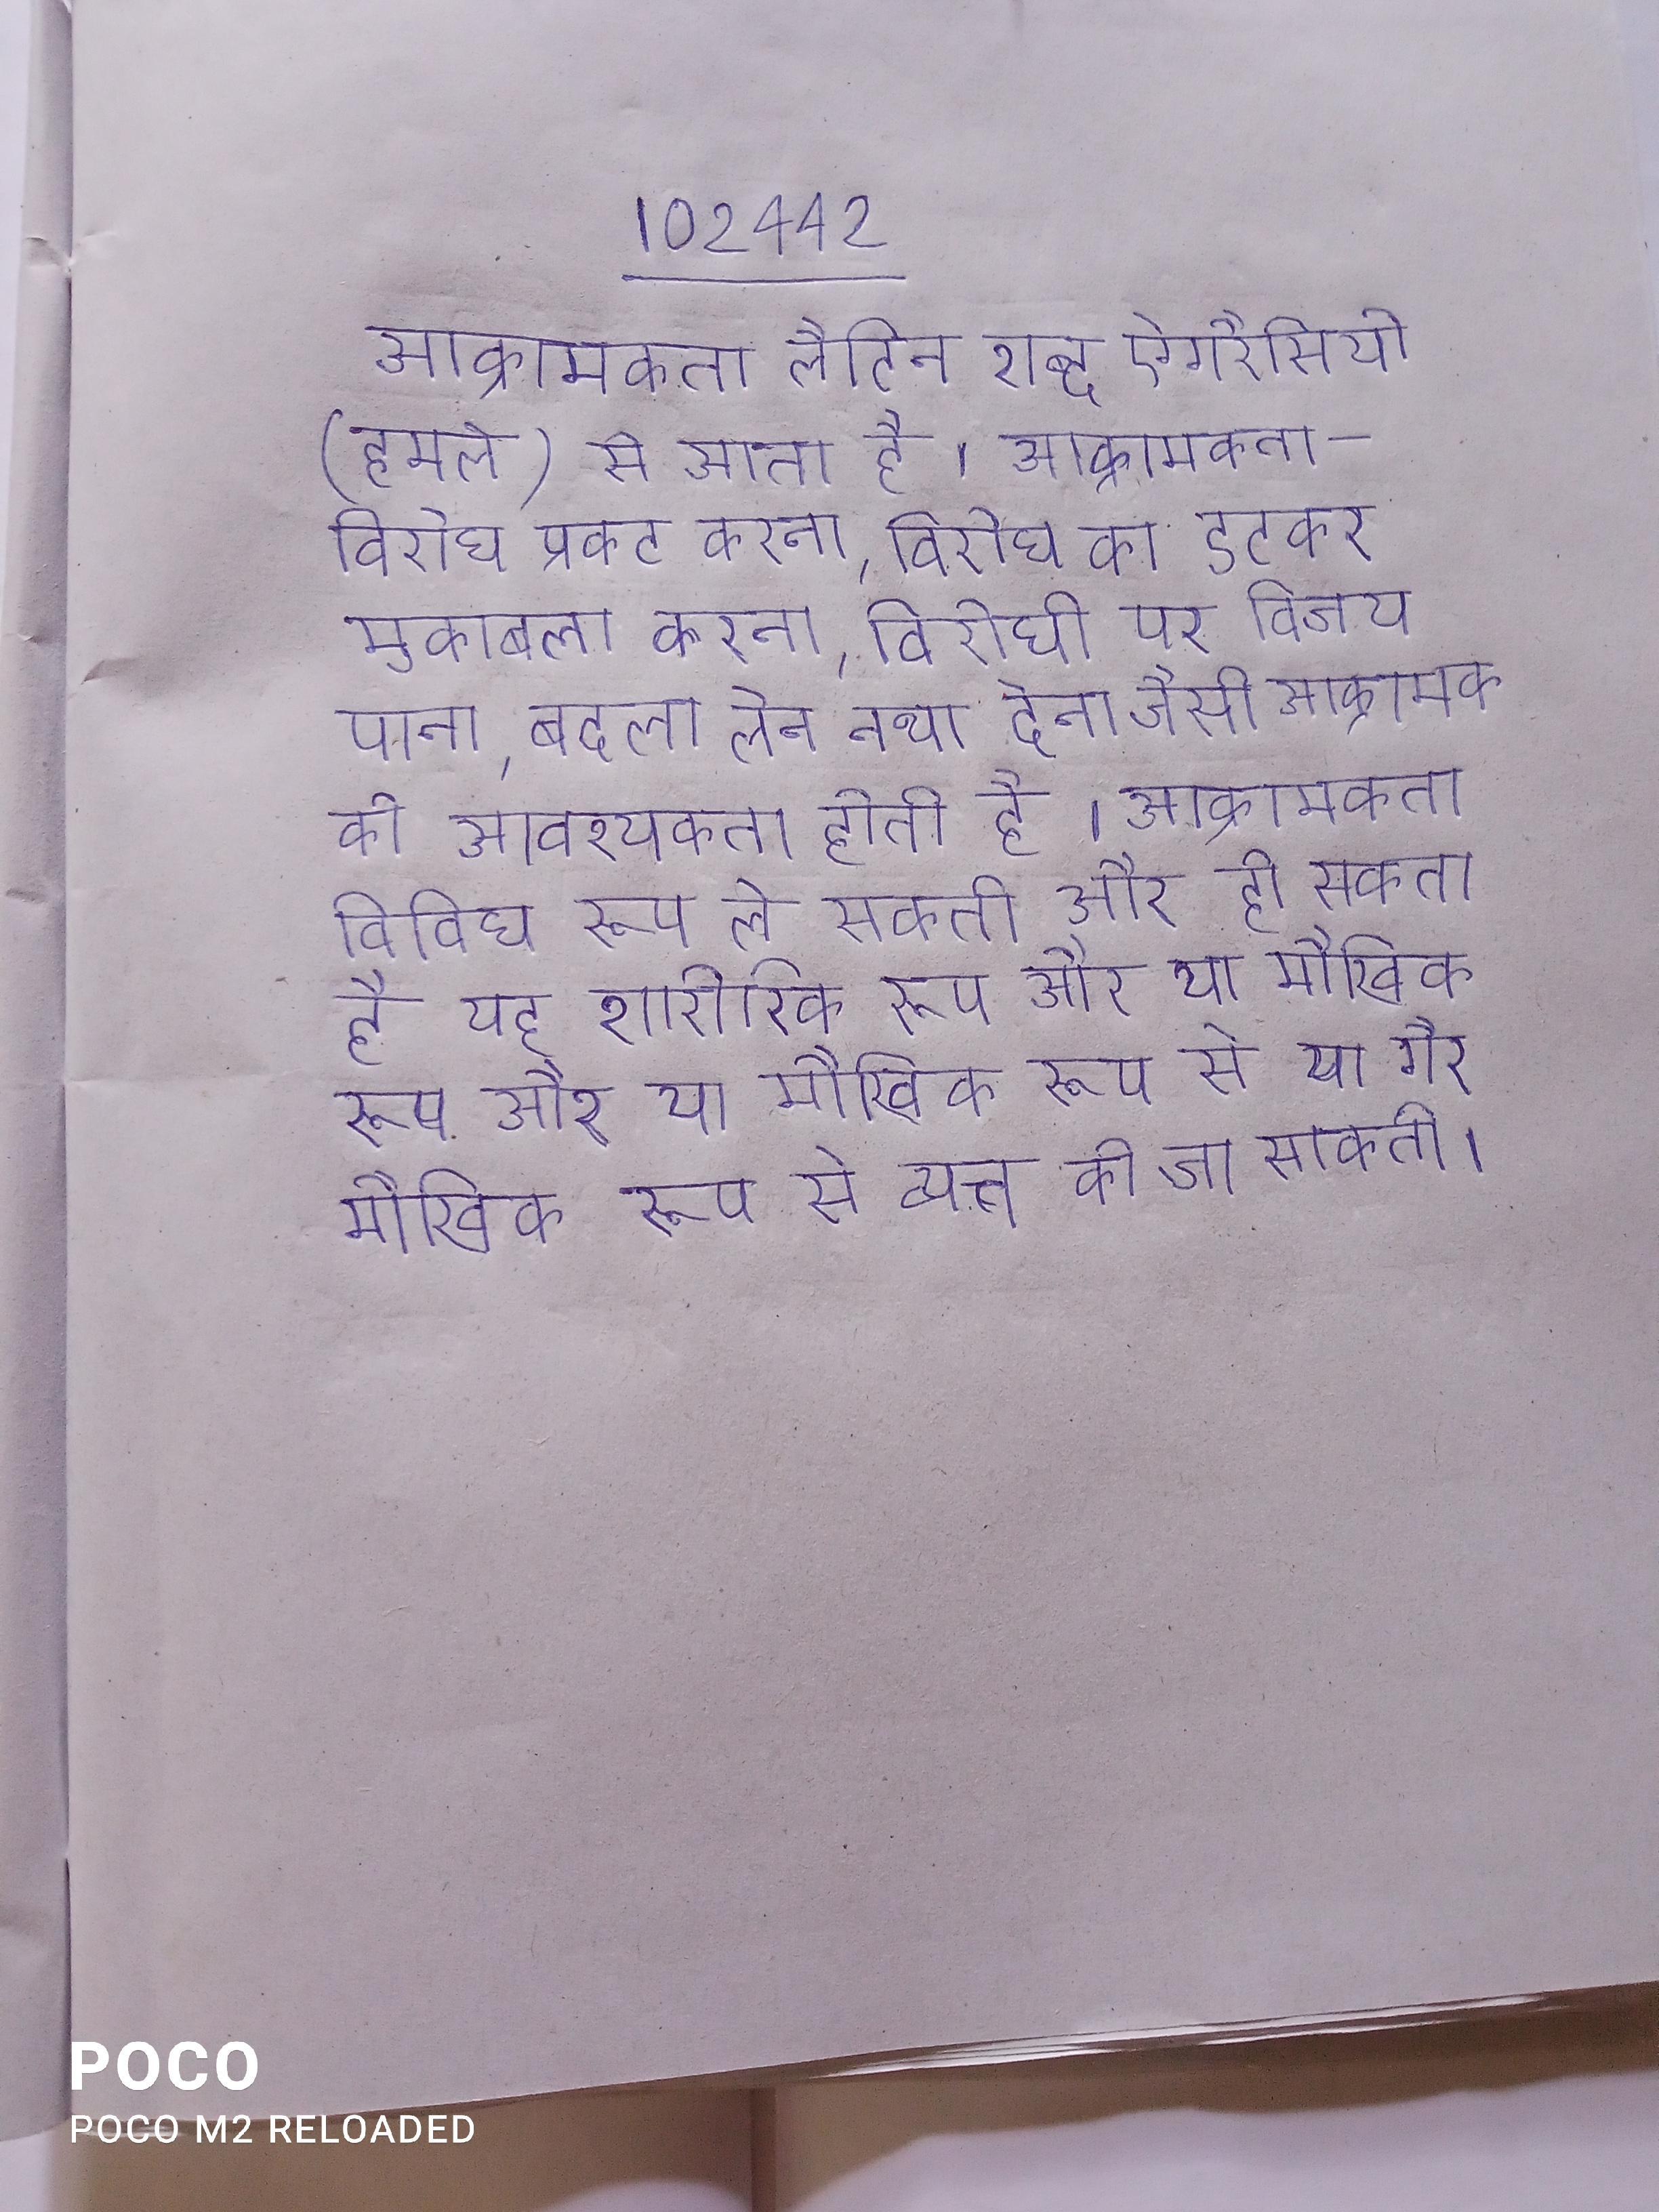
आक्रामकता लैटिन शब्द ऐग्ररैसियो (हमले) से आता है । आक्रामकता- विरोध प्रकट करना, विरोधी का डटकर मुकाबला करना, विरोधी पर विजय पाना, बदला लेना तथा देना जैसी आक्रामक की आवश्यकता होती है । आक्रामकता विविध रूप ले सकती और हो सकता है यह शारीरिक रूप और या मौखिक रूप से या गैर मौखिक रूप से व्यक्त की जा सकती ।